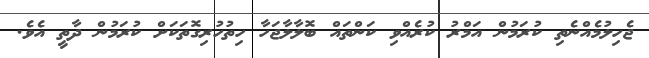
ޖެހިލުމެއްނެތި ކުރަމުން އަމްރު ކުރެއްވި ކަންތައް ބޮލާލާޖަހާ ހިތުހުރިގޮތަކަށް ކުރަމުން ދާތީ އެވެ.